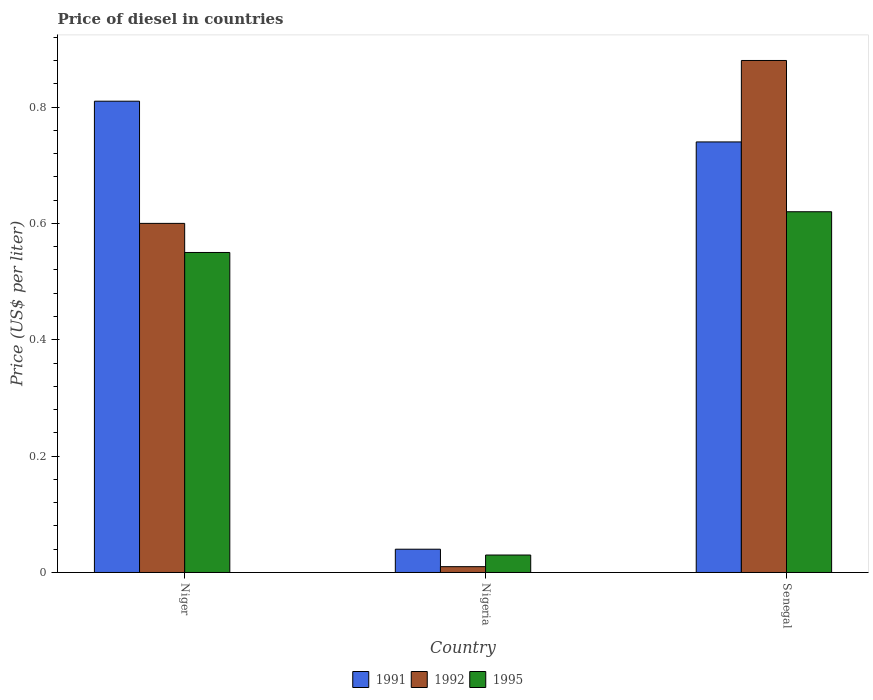
| Country | 1991 | 1992 | 1995 |
 | --- | --- | --- | --- |
 | Niger | 0.81 | 0.6 | 0.55 |
 | Nigeria | 0.04 | 0.01 | 0.03 |
 | Senegal | 0.74 | 0.88 | 0.62 |